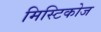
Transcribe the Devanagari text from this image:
मिस्टिकोज